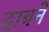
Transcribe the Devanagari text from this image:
दाबने